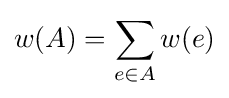
w(A)=\sum _{e\in A}{w(e)}